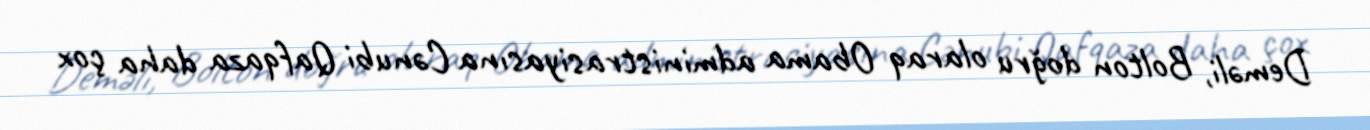
Deməli, Bolton doğru olaraq Obama administrasiyasına Cənubi Qafqaza daha çox